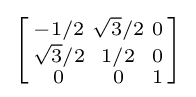
\left[{\begin{smallmatrix}-1/2&{\sqrt {3}}/2&0\\{\sqrt {3}}/2&1/2&0\\0&0&1\\\end{smallmatrix}}\right]